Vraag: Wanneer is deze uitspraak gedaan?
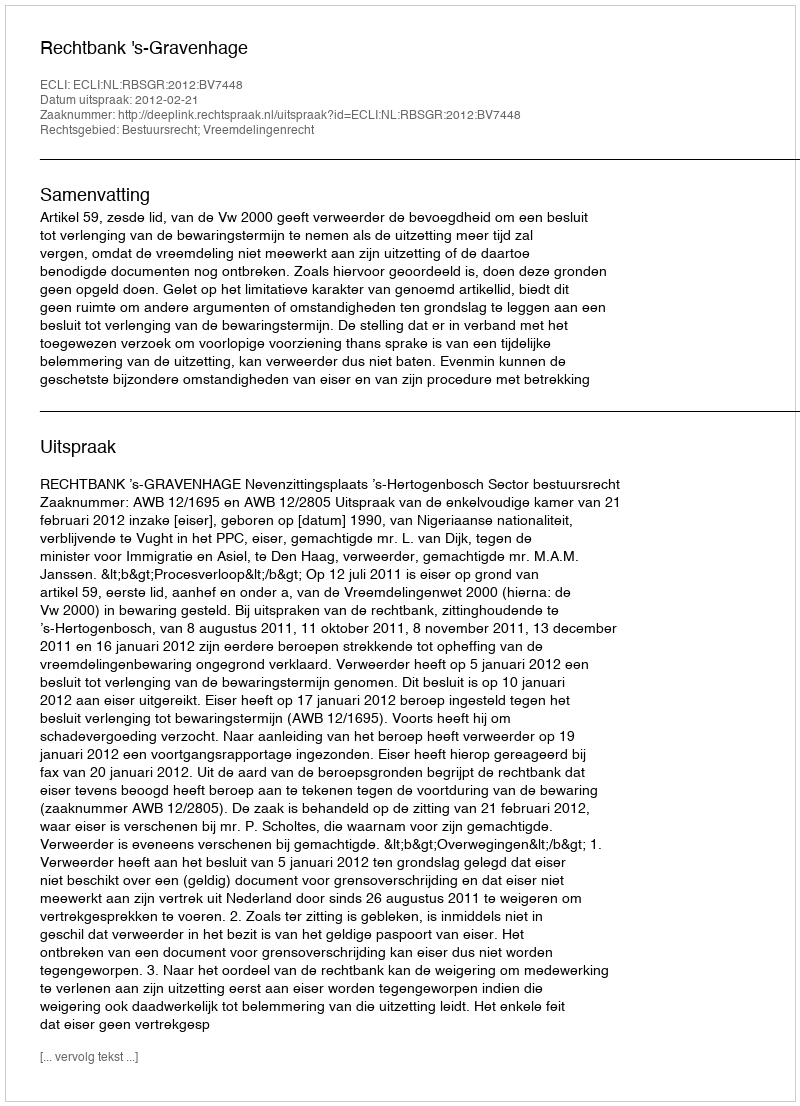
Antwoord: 2012-02-21